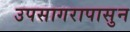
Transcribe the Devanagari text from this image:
उपसागरापासुन